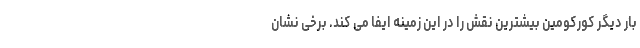
بار دیگر کورکومین بیشترین نقش را در این زمینه ایفا می کند. برخی نشان